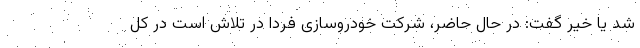
شد یا خیر گفت: در حال حاضر، شرکت خودروسازی فردا در تلاش است در کل